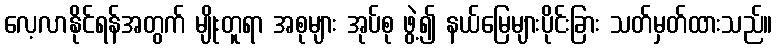
လေ့လာနိုင်ရန်အတွက် မျိုးတူရာ အစုများ အုပ်စု ဖွဲ့၍ နယ်မြေများပိုင်းခြား သတ်မှတ်ထားသည်။